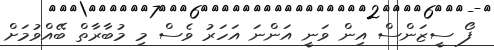
ފޯ ސީޒަންސް އިން ވަނީ އަންނަ އަހަރު ވެސް މި މުބާރާތް ބޭއްވުމަށް